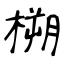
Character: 㮶